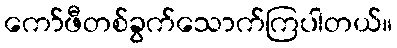
ကော်ဖီတစ်ခွက်သောက်ကြပါတယ်။